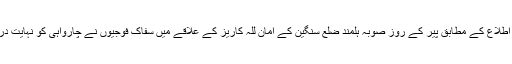
انا للہ وانا الیہ راجعون اطلاع کے مطابق پیر کے روز صوبہ ہلمند ضلع سنگین کے امان للہ کاریز کے علاقے میں سفاک فوجیوں نے چارواہی کو نہایت درندگی سے شہید کردیا۔